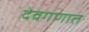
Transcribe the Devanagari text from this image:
देवगणात